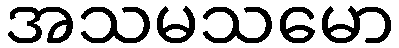
အသမသမော